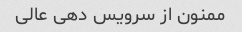
ممنون از سرویس دهی عالی